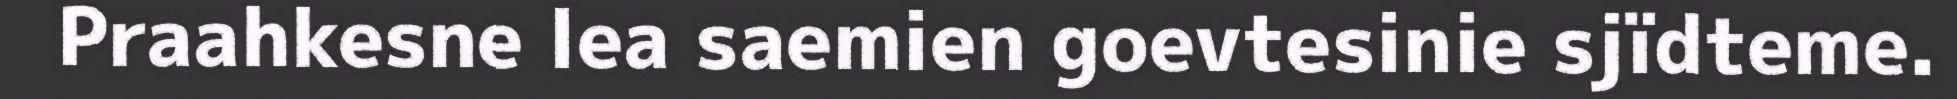
Praahkesne lea saemien goevtesinie sjïdteme.